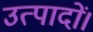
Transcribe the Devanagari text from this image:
उत्पादों।